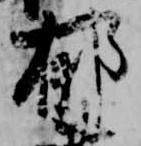
郁